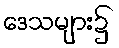
ဒေသများ၌